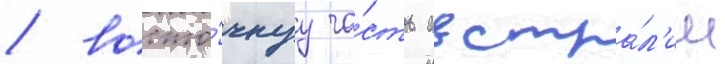
/ восто́чнуу ча́сть австра́л'ии